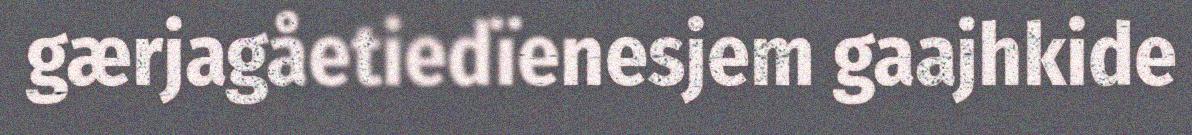
gærjagåetiedïenesjem gaajhkide